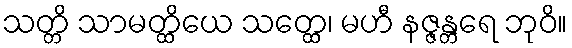
သတ္တိ သာမတ္ထိယေ သတ္ထေ၊ မဟီ နဇ္ဇန္တရေ ဘုဝိ။